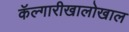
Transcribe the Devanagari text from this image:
कॅल्गारीखालोखाल